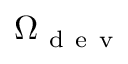
\Omega _ { \mathrm { ~ d ~ e ~ v ~ } }